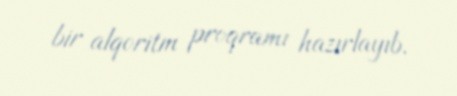
bir alqoritm proqramı hazırlayıb.